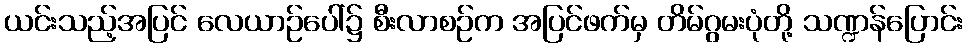
ယင်းသည့်အပြင် လေယာဉ်ပေါ်၌ စီးလာစဉ်က အပြင်ဖက်မှ တိမ်ဂွမးပုံတို့ သဏ္ဍန်ပြောင်း